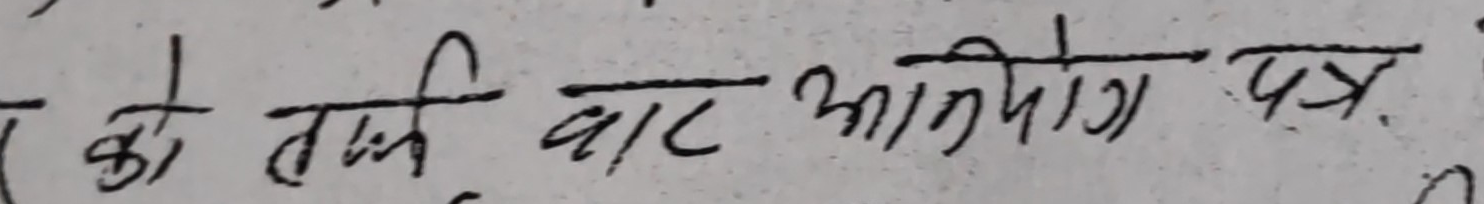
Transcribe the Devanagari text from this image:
का तर्फ बाट आरोप पत्र